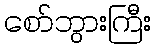
စော်ဘွားကြီး